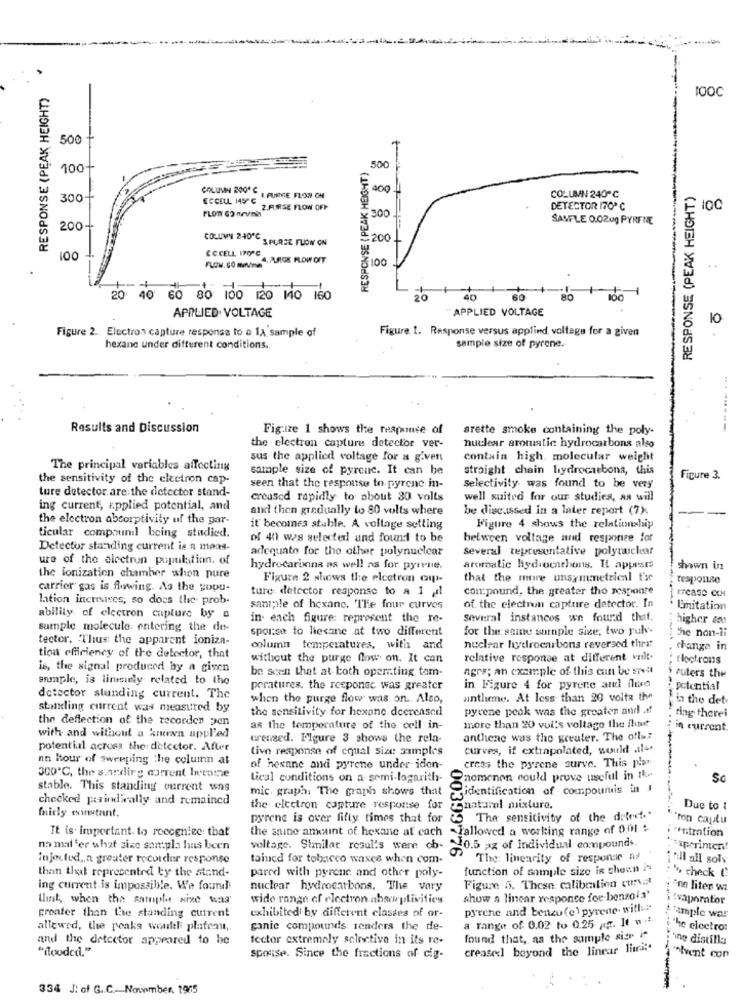
RESPONSE (PEAK HEIGHT)
TOOC
500
RESPONSE ( PEAK HEIGHT)
500
100
COLUMN 2001℃
400
RESPONSE (PEAK HEIGHT)
300
ECCELL 1450
I PURE FLOW CH
COLUMN 240℃
FLOW GO nevinh
2.FURSE FLOW OFF
DETECTOR 170℃
IOC
SAMFLE 0.02ug PYRENE
200
COLUMN 240℃
SPURSE FLOW ON
200
ECCELL ITOPC
----
100
FLOW. com . PLROK PLOW OFT
100
20 40 60 80 100 120 10 160
20
40
80
APPLIED VOLTAGE
APPLIED. VOLTAGE
Figure 2 .. Electron capture response to a 1A sample of
Figure. 1. Response versus applied voltage for a given
hexane under different conditions.
sample size of pyrene.
Results and Discussion
Fig.ize 1 shows the response of
arette smoke containing the poly-
-------
the electron capture detector ver-
nuclear arotustic hydrocarbons also
sus the applied voltage for a given
contain high, molecular weight
The principal variables affecting
sample size of pyrenc. It can be
straight chain hydrocarbons, this
the sensitivity of the electron cap-
seen that the response to pyrene in-
Figure 3.
ture detector are the detector stand-
selectivity. was found to be very
creased rapidly to about 30 volts
well suited for our studies, as will
ing current, applied potential, and
and then gradually to 80 volts where
be discussed in a later report (7).
the electron absorptivity uf the gar-
it becomes stable. A voltage setting
Figure 4 shows the relationship
ticular compoundl being studied.
of 40 was selected and found to be
between voltage and response for
Detector standing current is a meas-
adequate for the other polynuclear
several representative polynuclear
ure of the electron population. of
hydrocarbona as well as for pyrene.
aromatic hydrocarbons. It appears
shown in
the ionization chamber when pure
Figure 2 shows the elcetron cup-
that the more unsymmetrical Ese
response
carrier gas is flowing. As the popu-
ture detector response to a 1 ,il
con:pound, the greater tho responte
lation increases; so does the prob.
santpile of hexane. The four curves
of the electron capture detector. In
L'imitation
ability of electron capture by a
in each figure: represent the re-
several instances we found that.
higher so
sumple molecule: entering the de-
sparse to liecane at two different
for the same surnple size, two ruk-
Che non-li
tector. Thus the apparent ioniza-
column temperatures, with and
nuclear hydrocarbons reversed thrs:
change in
tion efficiency of the detector, that
without the purge flow on. It can
relative response at different volt.
: tlootrons
is, the signal produced by a given
be seen that at both operating tam-
agrs; an example of this can be spell
S ruters the
sample, is liniely related to the
peratures, the rceponec was greater
in Figure 4 for pyrene and flue
potential
detector standing current. The
when the purge flow was on. Also,
antheme. At less than 20 volts the
in the det.
standing current was measured by
the sensitivity for hexane decreased
pyrene peak was the greaten and af
ring therei
the deflection of the recorden pen
as the temperature of the cell in-
more than 20 voi's voltage the ilet
in current.
with and without a kruvan appl'ed
creased. Figure 3 shows the rela-
anthene was the greater. The oflu?
potential across the: detector. After
Live response of equal size aamples
curves, if extrapolated, would .il-
an hour of sweeping the column at
of hexane and pyrene under iden-
cress the pyrene surve. This plar
300℃, the sandirg corrent become
Licul conditions on a semi-logarith-
Qnomenon could prove useful in th-
Sc
stable. This standing current wns
mic. graph. The graph shows that
identification of compoundis in I
checked pindwally and remained
the electron capture response for
natural mixture.
Due to :
fairly constant.
pyrene is over fifty times that for & The sensitivity of the defeet ..
** ron captu
It is important. to recognize that
the anine amount of hexane at each -Tallowed a working range of 0.01 :
* *** tration
no mal 'er what size sompla has been
voltage. Similar resul's were ob-
10.5 az of Individual compounds
** xporintent
injected ,, a greater recorder responso
tained for tobacco waxce when com-
The linearity of response as
iwill all solv
than that represented by the stand-
pared with pyrene and other poly-
function of sample size is chean i"
's, check @
ing current is impossible. We found
nuclear hydrocarbons. The vory
Figure 5. These: calibration curva!
ine liter wa
Winst, when the sample size was
wide range of electron absorptivities
show a linear responce for-benzofa'
Evaporator
greater than the standing current
py'eche and benzo(e) pyrene. with.""
exhibited by different classes of or-
a range of 0.02 to 0.25 kg. It w .:
"ample was
allewed, the peaks would platenut ,.
ganie compounds: renders the de-
"he electro:
and the detector appeared to be
tector extremely selective in its re-
found that, as the sample size it
te distilla
"flooded."
creased beyond the linear limi :.
spouse. Since the fractions of cig-
'Alvent con
334 J: of G .. C. November. 1965